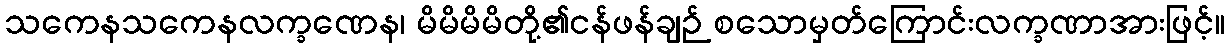
သကေနသကေနလက္ခဏေန၊ မိမိမိမိတို့၏ငန်ဖန်ချဉ် စသောမှတ်ကြောင်းလက္ခဏာအားဖြင့်။